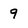
Character: 9